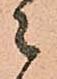
々